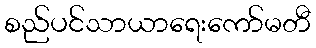
စည်ပင်သာယာရေးကော်မတီ